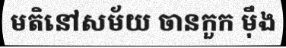
មតិនៅសម័យ ចានកួក ម៉ឹង